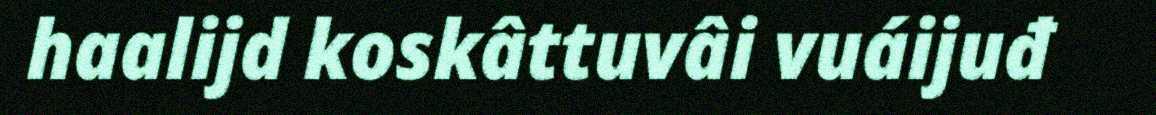
haalijd koskâttuvâi vuáijuđ